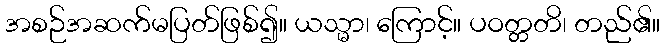
အစဉ်အဆက်မပြတ်ဖြစ်၍။ ယသ္မာ၊ ကြောင့်။ ပဝတ္တတိ၊ တည်၏။